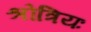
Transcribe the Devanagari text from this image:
श्रोत्रियः